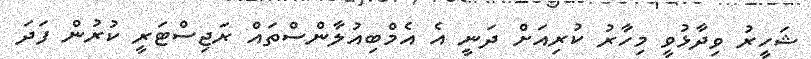
ޝަހީރު ވިދާޅުވީ މިހާރު ކުރިއަށް ދަނީ އެ އެމްބިއުލާންސްތައް ރަޖިސްޓަރީ ކުރުން ފަދަ